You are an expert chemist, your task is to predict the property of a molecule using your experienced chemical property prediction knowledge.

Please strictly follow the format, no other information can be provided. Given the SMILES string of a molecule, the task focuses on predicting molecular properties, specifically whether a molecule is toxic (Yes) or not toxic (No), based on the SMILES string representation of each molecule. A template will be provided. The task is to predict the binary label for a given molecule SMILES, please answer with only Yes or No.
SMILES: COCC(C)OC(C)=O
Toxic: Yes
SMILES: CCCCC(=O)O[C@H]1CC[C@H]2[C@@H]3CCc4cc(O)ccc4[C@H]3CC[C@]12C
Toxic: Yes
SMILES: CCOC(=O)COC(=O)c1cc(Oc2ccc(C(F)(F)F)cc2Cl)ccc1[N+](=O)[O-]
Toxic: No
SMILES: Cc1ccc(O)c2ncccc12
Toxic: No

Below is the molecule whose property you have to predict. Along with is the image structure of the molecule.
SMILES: O=C1CCc2ccccc2O1
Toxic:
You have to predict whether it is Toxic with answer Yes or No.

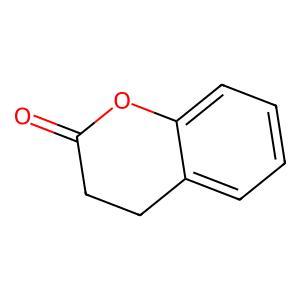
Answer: No